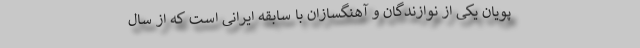
‌پویان یکی از نوازندگان و آهنگسازان با سابقه ایرانی است که از سال